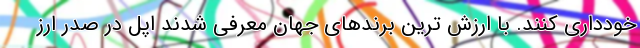
خودداری کنند. با ارزش ترین برندهای جهان معرفی شدند اپل در صدر ارز